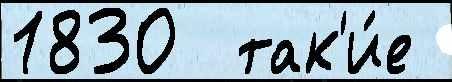
1830  так'и́е